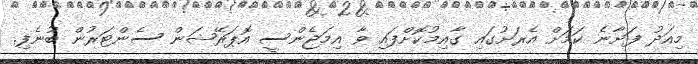
މިއަދު ފަށާނެ ކަމަށް އެރަށުގައި ގާއިމުކޮށްފައި ވާ އިމަޖެންސީ އޮޕަރޭޝަން ސެންޓަރުން ބުނެފި.